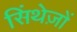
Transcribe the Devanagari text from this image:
सिंथेज़ों